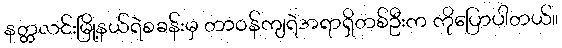
နတ္တလင်းမြို့နယ်ရဲစခန်းမှ တာဝန်ကျရဲအရာရှိတစ်ဦးက ကိုပြောပါတယ်။